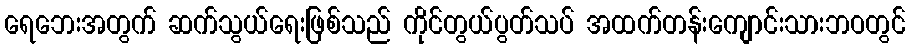
ရေဘေးအတွက် ဆက်သွယ်ရေးဖြစ်သည် ကိုင်တွယ်ပွတ်သပ် အထက်တန်းကျောင်းသားဘဝတွင်